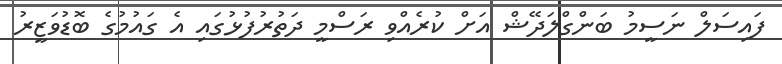
ފައިސަލް ނަސީމު ބަންގްލަދޭޝް އަށް ކުރެއްވި ރަސްމީ ދަތުރުފުޅުގައި އެ ގައުމުގެ ބޮޑުވަޒީރު